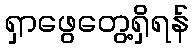
ရှာဖွေတွေ့ရှိရန်